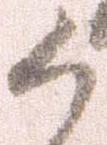
か